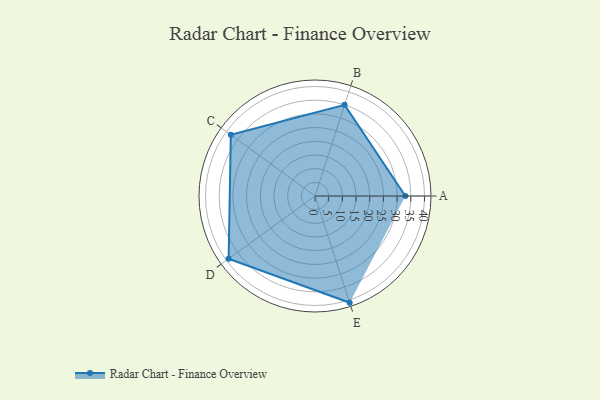
{"axis": {"x": "Skill", "y": "Score"}, "legend": ["Profile"], "data": [{"x": "A", "y": 33.0, "type": "Profile"}, {"x": "B", "y": 35.0, "type": "Profile"}, {"x": "C", "y": 38.0, "type": "Profile"}, {"x": "D", "y": 39.0, "type": "Profile"}, {"x": "E", "y": 41.0, "type": "Profile"}]}